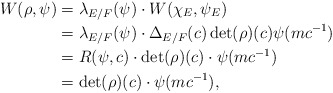
\begin{align*} W(\rho,\psi) &=\lambda_{E/F}(\psi)\cdot W(\chi_E,\psi_E)\\ &=\lambda_{E/F}(\psi)\cdot \Delta_{E/F}(c)\det(\rho)(c)\psi(mc^{-1})\\ &=R(\psi,c)\cdot\det(\rho)(c)\cdot\psi(mc^{-1})\\ &=\det(\rho)(c)\cdot\psi(mc^{-1}),\end{align*}